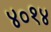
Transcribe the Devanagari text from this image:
४०१४